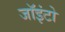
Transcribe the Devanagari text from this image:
जॉइंटो